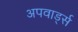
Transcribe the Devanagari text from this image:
अपवार्ड्स